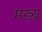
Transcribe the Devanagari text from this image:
मख्य